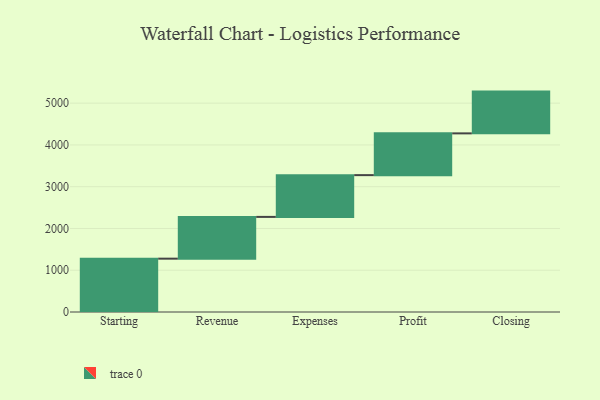
{"axis": {"x": "Step", "y": "Value"}, "legend": [""], "data": [{"x": "Starting", "y": 1277.0, "type": ""}, {"x": "Revenue", "y": 1000, "type": ""}, {"x": "Expenses", "y": 1000, "type": ""}, {"x": "Profit", "y": 1000, "type": ""}, {"x": "Closing", "y": 1000, "type": ""}]}